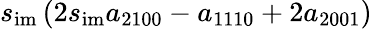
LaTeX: s_{\mathrm{im}}\left(2s_{\mathrm{im}}a_{2100}-a_{1110}+2a_{2001}\right)